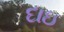
દાઇ